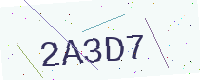
Text: 2A3D7